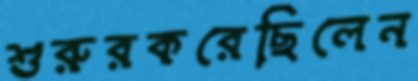
শুরুরকরেছিলেন